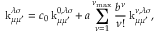
\operatorname { k } _ { \mu \mu ^ { \prime } } ^ { \lambda \sigma } = c _ { 0 } \operatorname { k } _ { \mu \mu ^ { \prime } } ^ { 0 , \lambda \sigma } + \, a \sum _ { \nu = 1 } ^ { \nu _ { \mathrm { m a x } } } \frac { b ^ { \nu } } { \nu ! } \operatorname { k } _ { \mu \mu ^ { \prime } } ^ { \nu , \lambda \sigma } ,